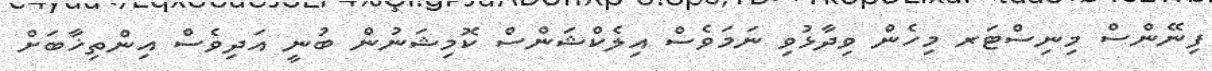
ފިނޭންސް މިނިސްޓަރ މިހެން ވިދާޅުވި ނަމަވެސް އިލެކްޝަންސް ކޮމިޝަނުން ބުނީ އަދިވެސް އިންތިޚާބަށް